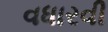
વધારવી